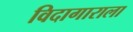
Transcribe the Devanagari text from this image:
विदागाराला